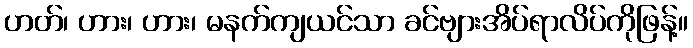
ဟတ်၊ ဟား၊ ဟား၊ မနက်ကျယင်သာ ခင်ဗျားအိပ်ရာလိပ်ကိုဖြန့်။